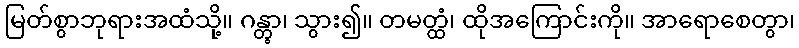
မြတ်စွာဘုရားအထံသို့။ ဂန္တွာ၊ သွား၍။ တမတ္ထံ၊ ထိုအကြောင်းကို။ အာရောစေတွာ၊